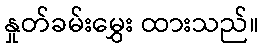
နှုတ်ခမ်းမွှေး ထားသည်။